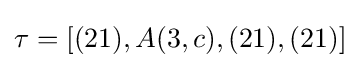
\tau =[(21),A(3,c),(21),(21)]